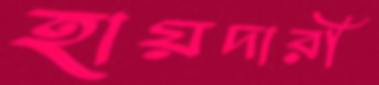
হায়দারী